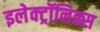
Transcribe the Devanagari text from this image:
इलेक्ट्रॉनिक्स